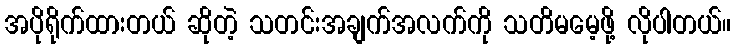
အပိုရိုက်ထားတယ် ဆိုတဲ့ သတင်းအချက်အလက်ကို သတိမမေ့ဖို့ လိုပါတယ်။